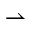
\rightharpoonup